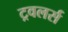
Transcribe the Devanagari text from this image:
ट्रवलर्स